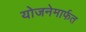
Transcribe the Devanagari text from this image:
योजनेमार्फत